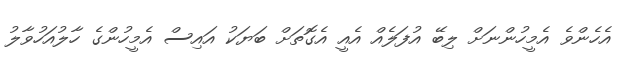
އެހެންވެ އެމީހުންނަށް ލިބޭ އުފަލެއް އެއީ އެގޮތަށް ބަޔަކު އައިސް އެމީހުންގެ ހާލުއަހުވާލު